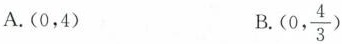
A. (0，4) B. (0, \frac{4}{3})